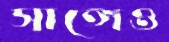
সাঙ্গেও